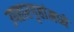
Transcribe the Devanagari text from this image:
उपहारगृहांमध्ये